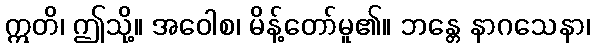
ဣတိ၊ ဤသို့။ အဝေါစ၊ မိန့်တော်မူ၏။ ဘန္တေ နာဂသေနာ၊